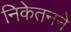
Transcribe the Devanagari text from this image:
निकेतनने